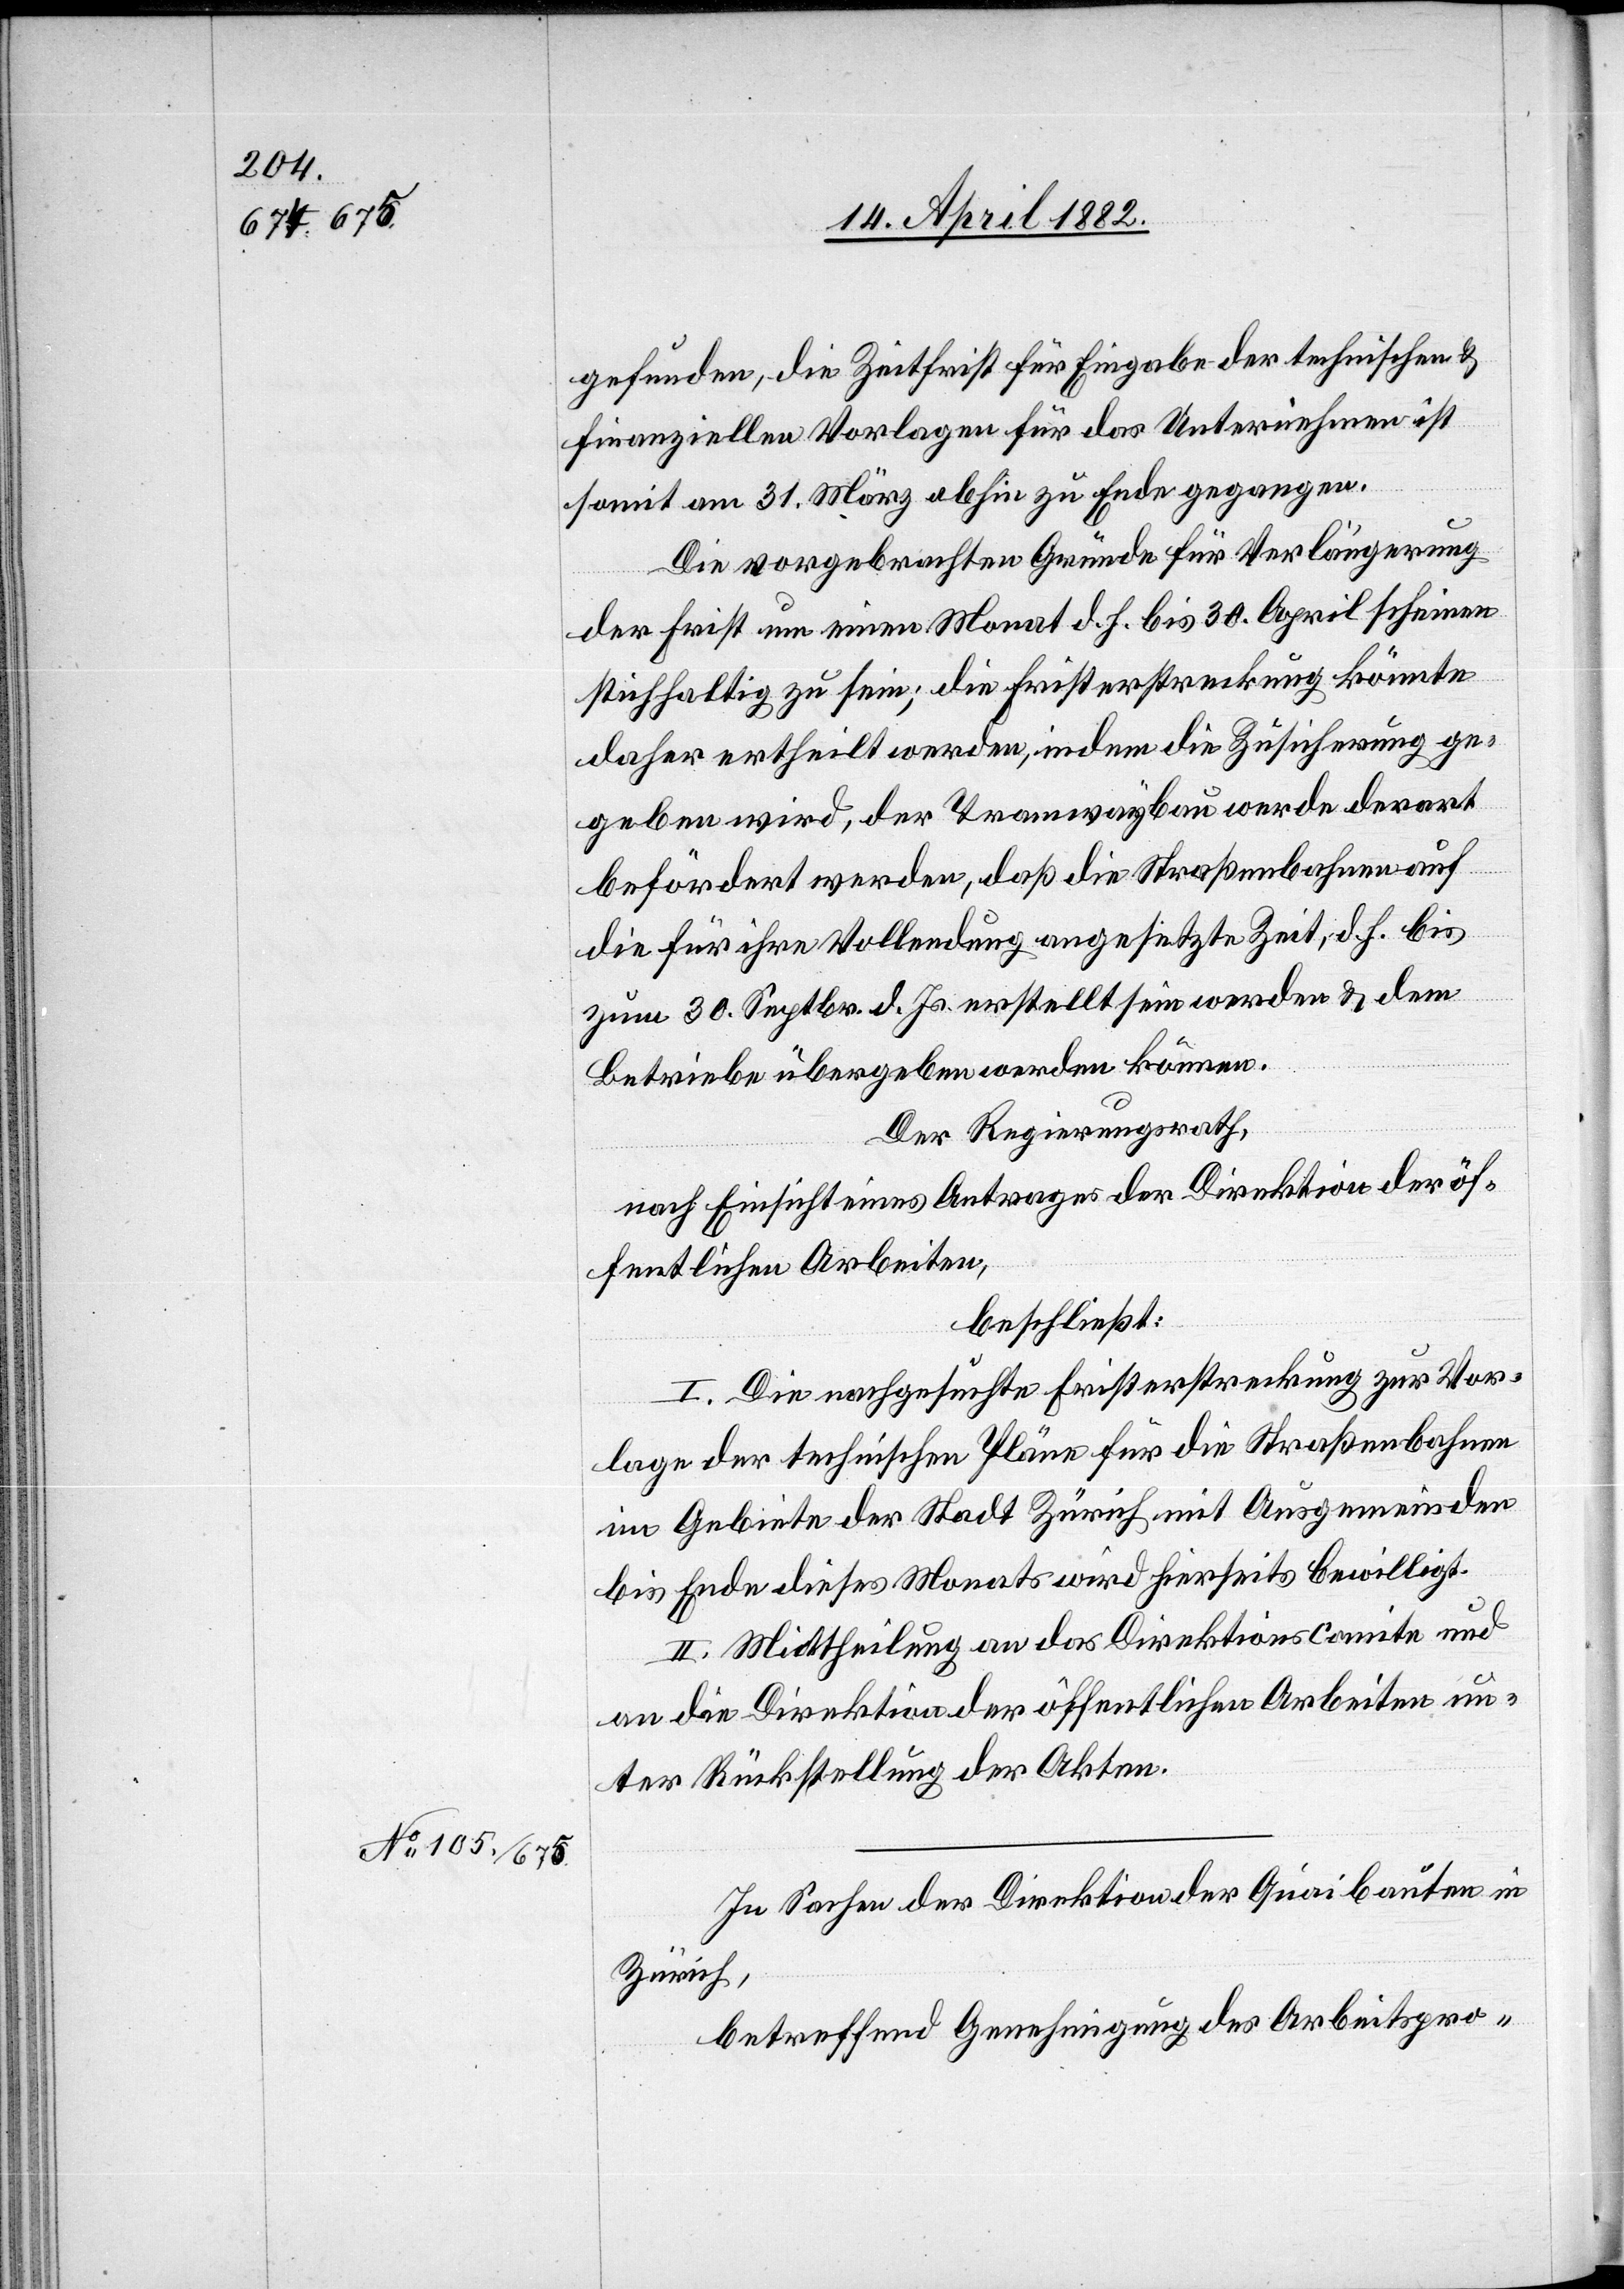
gefunden, die Zeitfrist für Eingabe der technischen &
finanziellen Vorlagen für das Unternehmen ist
somit am 31. März abhin zu Ende gegangen.
Die vorgebrachten Gründe für Verlängerung
der Frist um einen Monat d. h. bis 30. April scheinen
stichhaltig zu sein; die Fristerstreckung könnte
daher ertheilt werden, indem die Zusicherung ge¬
geben wird, der Tramwaybau werde derart
befördert werden, daß die Straßenbahnen auf
die für ihre Vollendung angesetzte Zeit, d. h. bis
zum 30. Septbr. d. Js. erstellt sein werden & dem
Betriebe übergeben werden können.
Der Regierungsrath,
nach Einsicht eines Antrages der Direktion der öf¬
fentlichen Arbeiten,
beschließt:
I. Die nachgesuchte Fristerstreckung zur Vor¬
lage der technischen Pläne für die Straßenbahnen
im Gebiete der Stadt Zürich mit Ausgemeinden
bis Ende dieses Monats wird hierseits bewilligt.
II. Mittheilung an das Direktionscomite und
an die Direktion der öffentlichen Arbeiten un¬
ter Rückstellung der Akten.
In Sachen der Direktion der Quaibauten in
Zürich,
betreffend Genehmigung des Arbeitspro-